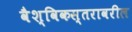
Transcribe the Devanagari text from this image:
वैश्विकस्तरावरील